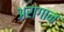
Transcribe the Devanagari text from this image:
अरागान